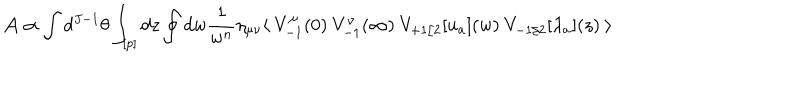
{ \cal A } \propto \int d ^ { J - 1 } \theta \int _ { [ p ] } d z \oint d w \frac { 1 } { w ^ { n } } \eta _ { \mu \nu } \langle \ V _ { - 1 } ^ { \mu } ( 0 ) \ V _ { - 1 } ^ { \nu } ( \infty ) \ V _ { + 1 / 2 } [ u _ { a } ] ( w ) \ V _ { - 1 / 2 } [ \lambda _ { a } ] ( z ) \ \rangle